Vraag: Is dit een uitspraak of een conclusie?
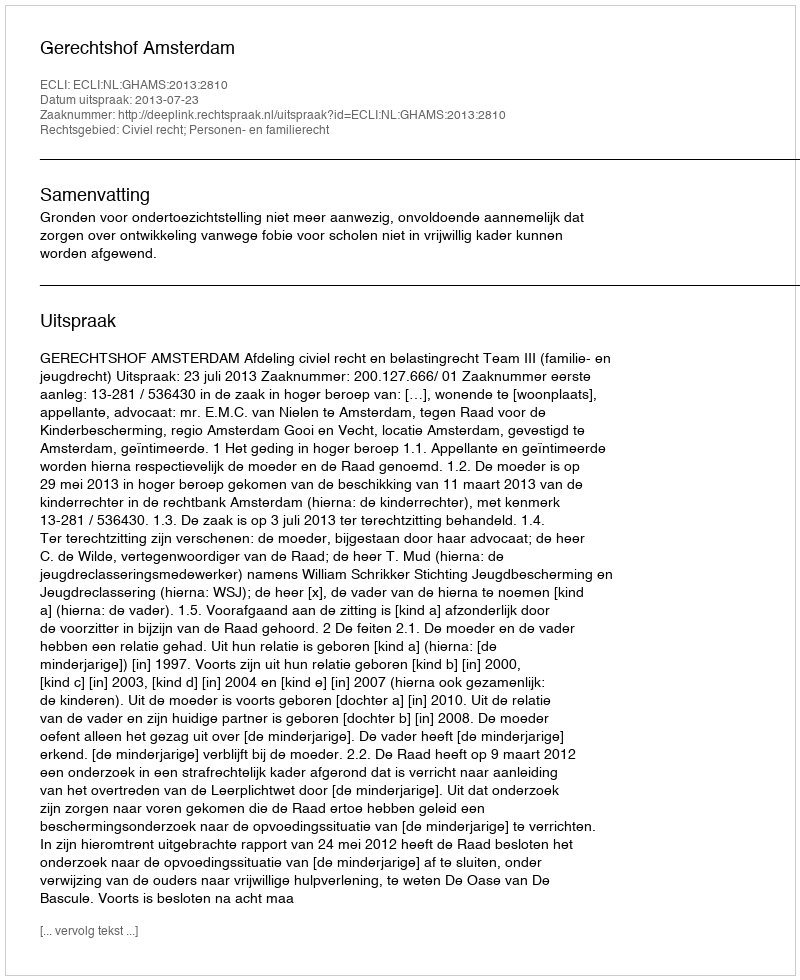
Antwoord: Uitspraak